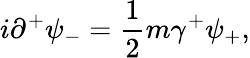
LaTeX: i{\partial}^{+}{\psi}_{-}=\frac{1}{2}m{\gamma}^{+}{\psi}_{+},